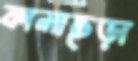
কালাছড়া